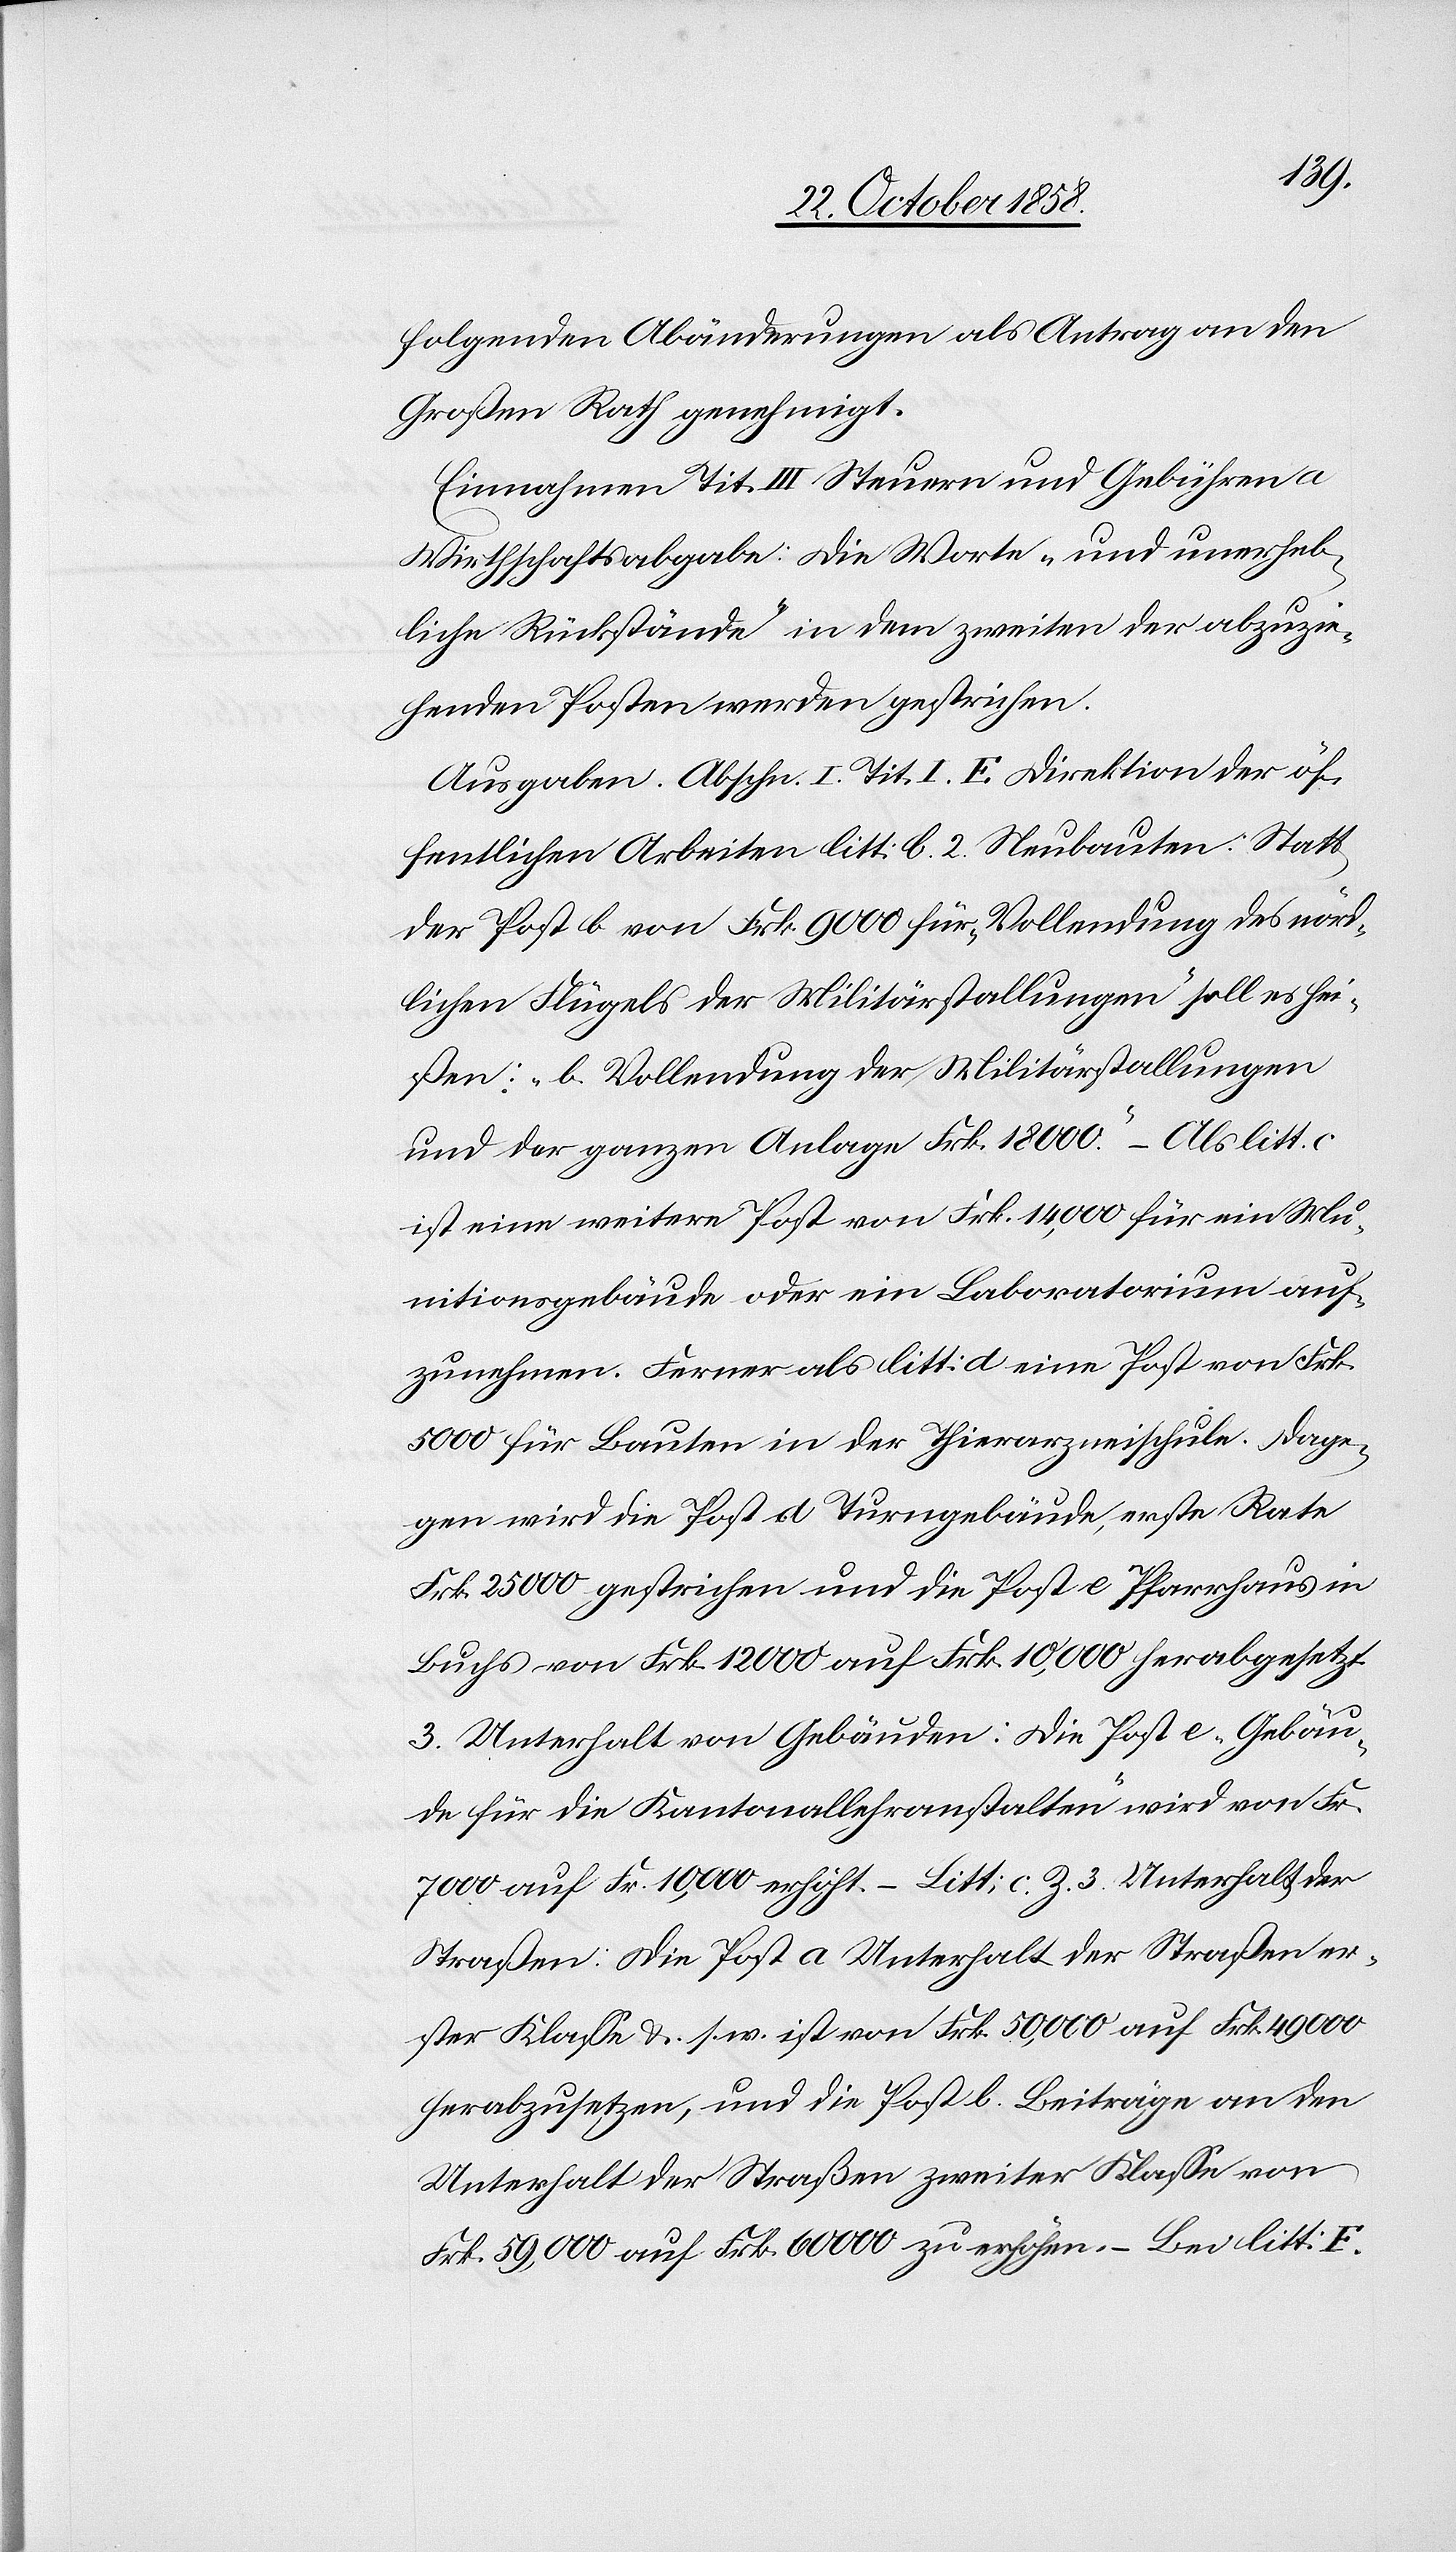
folgenden Abänderungen als Antrag an den
Großen Rath genehmigt.
Einnahmen Tit. III Steuern und Gebühren a
Wirthschaftsabgabe: Die Worte „und unerheb¬
liche Rückstände“ in dem zweiten der abzuzie¬
henden Posten werden gestrichen.
Ausgaben. Abschn. I. Tit. I. E Direktion der öf¬
fentlichen Arbeiten litt: b. 2. Neubauten: Statt
der Post b von Frk. 9000 für „Vollendung des nörd¬
lichen Flügels der Militärstallungen“ soll es hei¬
ßen: „b. Vollendung der Militärstallungen
und der ganzen Anlage Frk. 18 000.“ – Als litt.
ist eine weitere Post von Frk. 14,000 für ein Mu¬
nitionsgebäude oder ein Laboratorium auf¬
zunehmen. Ferner als litt: d eine Post von Frk.
5000 für Bauten in der Thierarzneischule. Dage¬
gen wird die Post d Turngebäude, erste Rate
Frk. 25 000 gestrichen und die Post e Pfarrhaus in
Buchs von Frk. 12 000 auf Frk. 10,000 herabgesetzt.
3. Unterhalt von Gebäuden: Die Post e „Gebäu¬
de für die Kantonallehranstalten“ wird von Fr.
7000 auf Fr. 10,000 erhöht. – Litt: c. Z. 3. Unterhalt der
Straßen: Die Post a Unterhalt der Straßen er¬
ster Klasse &. s. w. ist von Frk. 50,000 auf Frk. 49 000
herabzusetzen, und die Post b. Beiträge an den
Unterhalt der Straßen zweiter Klasse von
Frk. 59,000 auf Frk. 60 000 zu erhöhen. – Bei litt: F.